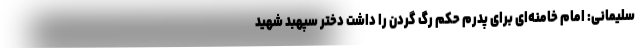
سلیمانی: امام خامنه‌ای برای پدرم حکم رگ گردن را داشت دختر سپهبد شهید